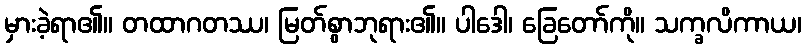
မှားခဲ့ရာ၏။ တထာဂတဿ၊ မြတ်စွာဘုရား၏။ ပါဒေါ၊ ခြေတော်ကို။ သက္ခလိကာယ၊